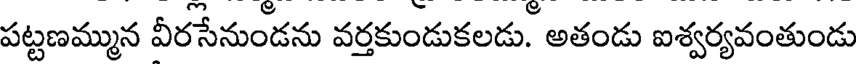
పట్టణమ్మున వీరసేనుండను వర్తకుండుకలడు. అతండు ఐశ్వర్యవంతుండు